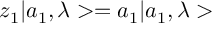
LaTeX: z _ { 1 } | a _ { 1 } , \lambda > = a _ { 1 } | a _ { 1 } , \lambda >